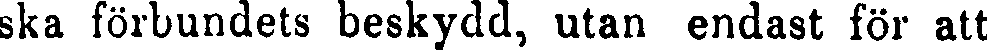
ska förbundets beskydd, utan endast för att